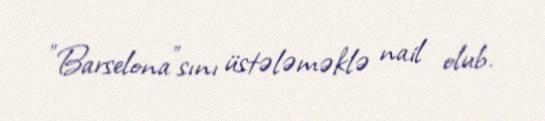
"Barselona"sını üstələməklə nail olub.